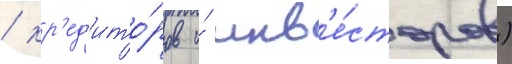
/ кр'ед'ито́ров и́ инв'е́сторов)